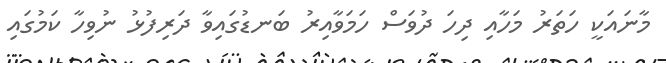
މާނައަކީ ހަތަރު މަހާއި ދިހަ ދުވަސް ހަމަވާއިރު ބަނޑުގައިވާ ދަރިފުޅު ނުވިހާ ކަމުގައި